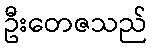
ဦးတေဇသည်